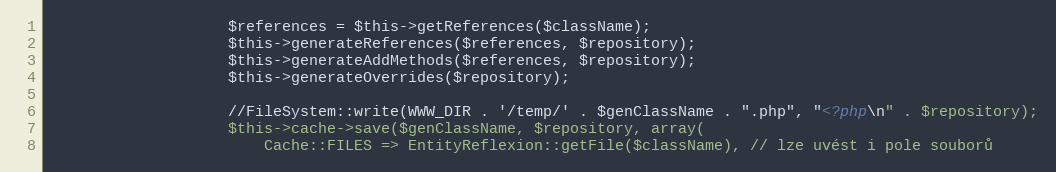
Language: PHP
					$references = $this->getReferences($className);
					$this->generateReferences($references, $repository);
					$this->generateAddMethods($references, $repository);
					$this->generateOverrides($repository);

					//FileSystem::write(WWW_DIR . '/temp/' . $genClassName . ".php", "<?php\n" . $repository);
					$this->cache->save($genClassName, $repository, array(
						Cache::FILES => EntityReflexion::getFile($className), // lze uvést i pole souborů